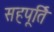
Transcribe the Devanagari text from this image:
सहपूर्ति